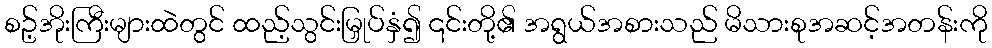
စဥ့်အိုးကြီးများထဲတွင် ထည့်သွင်းမြှုပ်နှံ၍ ၎င်းတို့၏ အရွယ်အစားသည် မိသားစုအဆင့်အတန်းကို